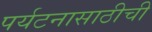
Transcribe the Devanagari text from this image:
पर्यटनासाठीची